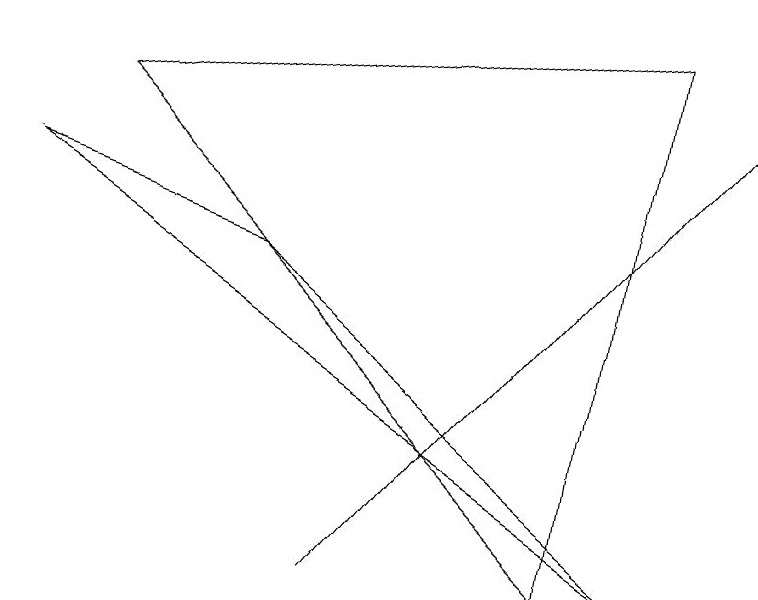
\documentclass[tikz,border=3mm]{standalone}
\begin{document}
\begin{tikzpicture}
\draw (8,9) -- (7,2) -- (1,8) -- cycle;
\draw (8,2) -- (0,7) -- (3,6) -- cycle;
\draw (4,2) -- (9,8) -- (4,2) -- cycle;
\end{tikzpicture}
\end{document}